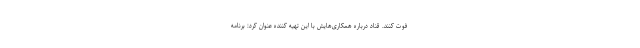
فوت کنند. قناد درباره همکاری‌هایش با این تهیه کننده عنوان کرد: برنامه